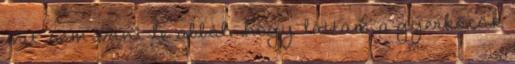
mit sem vont le abból, hogy láttam a gyerkőcök